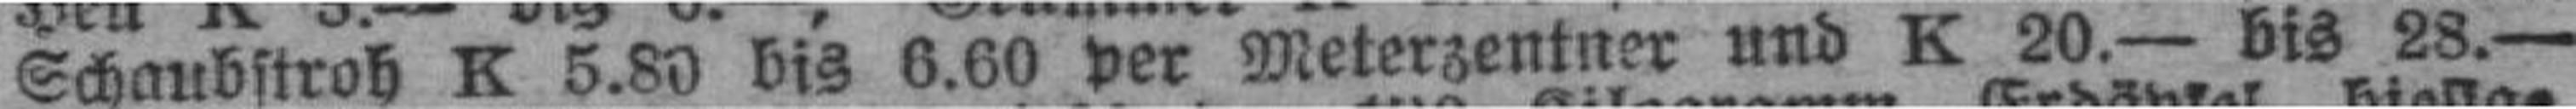
Schaubstroh K 5.80 bis 6.60 per Meterzentner und K 20.— bis 28.—